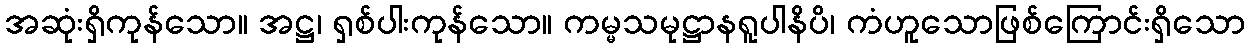
အဆုံးရှိကုန်သော။ အဋ္ဌ၊ ရှစ်ပါးကုန်သော။ ကမ္မသမုဋ္ဌာနရူပါနိပိ၊ ကံဟူသောဖြစ်ကြောင်းရှိသော